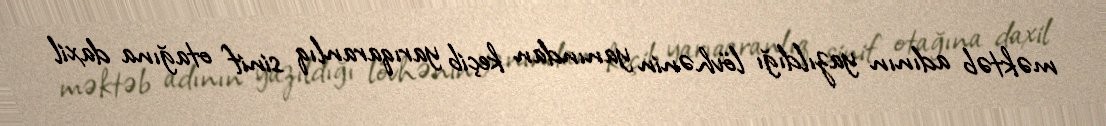
məktəb adının yazıldığı lövhənin yanından keçib yarıqaranlıq sinif otağına daxil